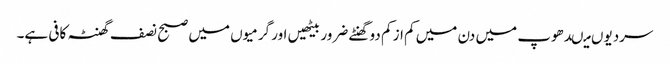
سردیوں میںدھوپ میں دن میں کم از کم دو گھنٹے ضرور بیٹھیں اور گرمیوں میں صبح نصف گھنٹہ کافی ہے۔